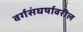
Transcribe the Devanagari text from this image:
वर्गसंघर्षावरील